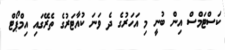
ކަސްޓަމްސް އިން ބުނީ މި އަހަރުގެ ދެ ވަނަ ކުއާޓަރުގެ ތެރޭގައި އިމްޕޯޓް